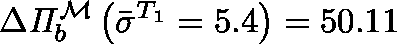
\Delta \mathit { \Pi } _ { b } ^ { \mathcal { M } } \left( \bar { \sigma } ^ { T _ { 1 } } = 5 . 4 \right) = 5 0 . 1 1 \